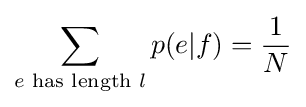
\sum _{e{\text{ has length }}l}p(e|f)={\frac {1}{N}}